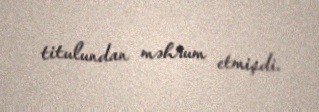
titulundan məhrum etmişdi.